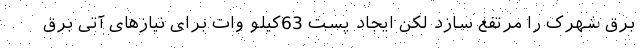
برق شهرک را مرتفع سازد لکن ایجاد پست 63کیلو وات برای نیازهای آتی برق